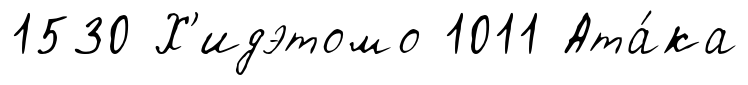
1530 Х'идэтомо 1011 Ата́ка